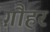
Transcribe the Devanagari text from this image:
ग़ौहर